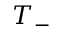
T _ { - }